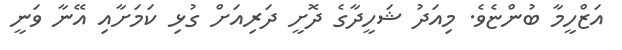
އަޒްހީމާ ބުންޏެވެ. މިއަދު ޝަހީދާގެ ދޮށީ ދަރިއަށް ގުޅި ކަމަށާއި އޭނާ ވަނީ